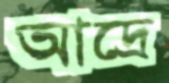
আদ্রে